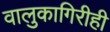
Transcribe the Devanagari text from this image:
वालुकागिरीही